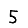
Digit: 5